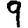
Digit: 9